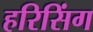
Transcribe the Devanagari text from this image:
हरिसिंग